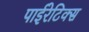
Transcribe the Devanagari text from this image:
पाईरेटिक्स